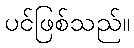
ပင်ဖြစ်သည်။